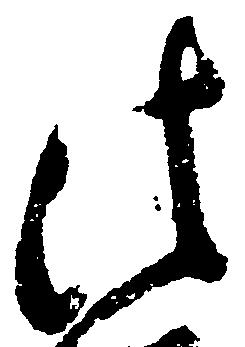
法